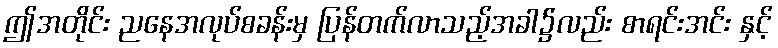
ဤအတိုင်း ညနေအလုပ်စခန်းမှ ပြန်တက်လာသည့်အခါ၌လည်း စာရင်းအင်း နှင့်